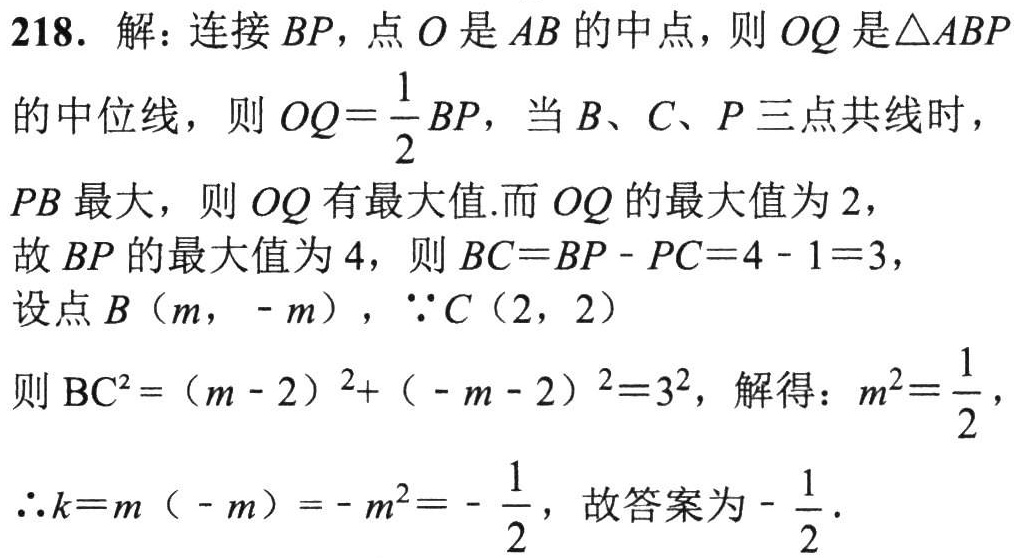
218. 解：连接 \(BP\)，点 \(O\) 是 \(AB\) 的中点，则 \(OQ\) 是\(\triangle ABP\)

的中位线，则 \(OQ = \frac{1}{2}BP\)，当 \(B\)、\(C\)、\(P\) 三点共线时，

\(PB\) 最大，则 \(OQ\) 有最大值.而 \(OQ\) 的最大值为 \(2\)，

故 \(BP\) 的最大值为 \(4\)，则 \(BC = BP - PC = 4 - 1 = 3\)，

设点 \(B(m, -m)\)，\(\because C(2, 2)\)

则 \(BC^{2}=(m - 2)^{2}+(-m - 2)^{2}=3^{2}\)，解得：\(m^{2}=\frac{1}{2}\)，

\(\therefore k = m(-m)=-m^{2}=-\frac{1}{2}\)，故答案为 \(-\frac{1}{2}\).